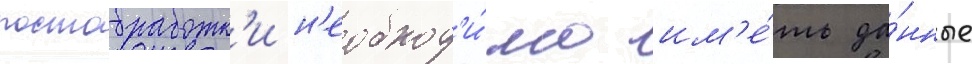
постобработк'и н'еобход'и́мо им'е́ть да́нные